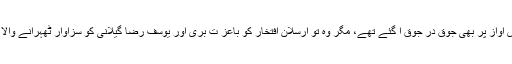
ہم سادہ دل اس آواز پر بھی جوق در جوق آ گئے تھے، مگر وہ تو ارسلان افتخار کو باعز ت بری اور یوسف رضا گیلانی کو سزاوار ٹھہرانے والا انصاف نکلا۔